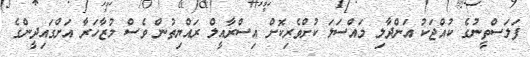
ފަލަސްތީނުގެ ކުއްޖަކު އަންދާލި މައްސަލަ ކުށްވެރިކޮށް އިސްރާއީލް ރައްޔިތުން ވެސް މުޒާހަރާ އަށްގައިދީންގެ